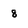
Character: 8